38_143685_box_Incident_Summaries_101-172
Agency: Department of War
Page 156
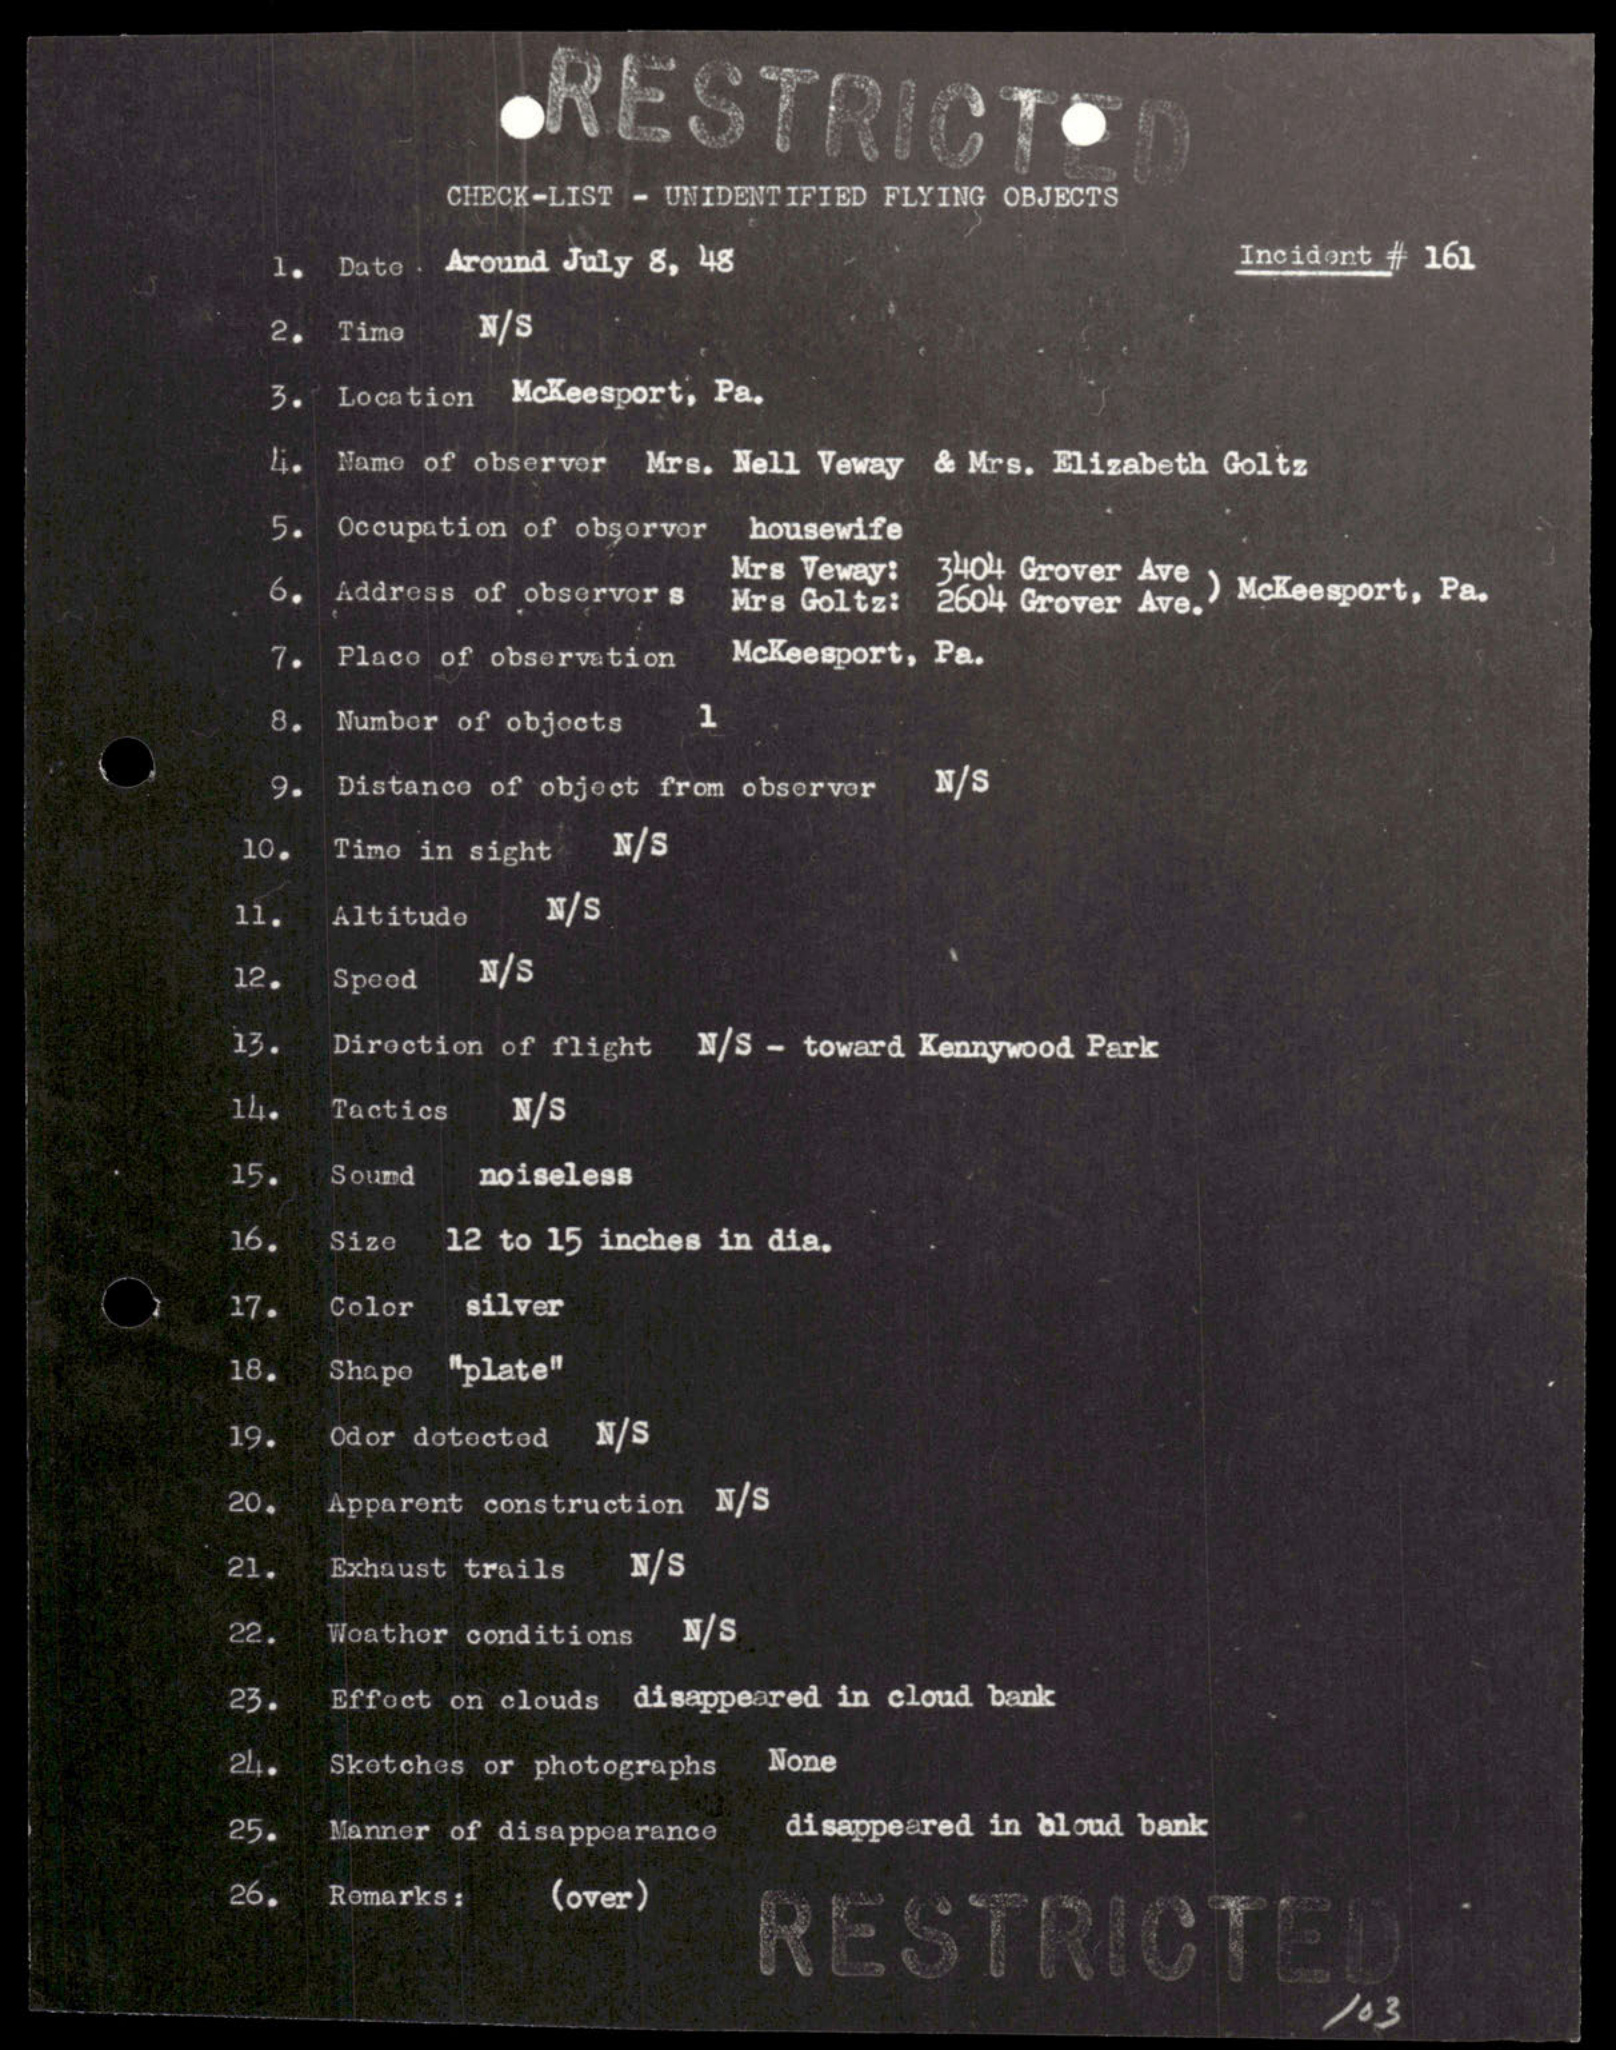